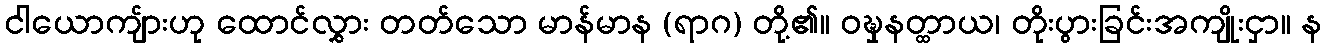
ငါယောကျ်ားဟု ထောင်လွှား တတ်သော မာန်မာန (ရာဂ) တို့၏။ ဝဍ္ဎှနတ္ထာယ၊ တိုးပွားခြင်းအကျိုးငှာ။ န